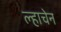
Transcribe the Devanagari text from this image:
ल्हाचेन